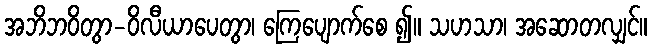
အဘိဘဝိတွာ-ဝိလီယာပေတွာ၊ ကြေပျောက်စေ ၍။ သဟသာ၊ အဆောတလျှင်။